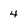
Character: 4